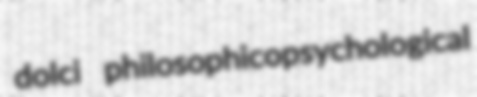
dolci philosophicopsychological